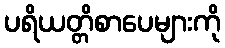
ပရိယတ္တိစာပေများကို